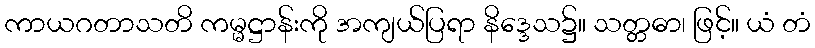
ကာယဂတာသတိ ကမ္မဋ္ဌာန်းကို အကျယ်ပြရာ နိဒ္ဒေသ၌။ သတ္တဓာ၊ ဖြင့်။ ယံ တံ